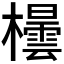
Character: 𪴘